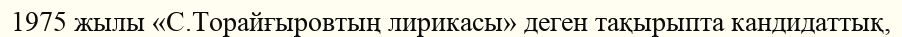
1975 жылы «С.Торайғыровтың лирикасы» деген тақырыпта кандидаттық,